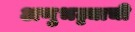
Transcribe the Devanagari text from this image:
अणुभट्ट्याची